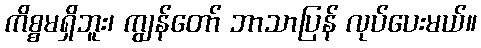
ကိစ္စမရှိဘူး၊ ကျွန်တော် ဘာသာပြန် လုပ်ပေးမယ်။